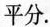
平分.